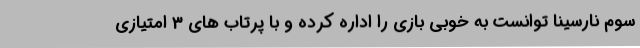
سوم نارسینا توانست به خوبی بازی را اداره کرده و با پرتاب های 3 امتیازی